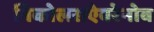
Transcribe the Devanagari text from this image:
निकोलसऐवरेनोव